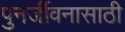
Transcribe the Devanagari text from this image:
पुनर्जीवनासाठी